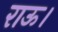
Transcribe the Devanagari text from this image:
राऊ।